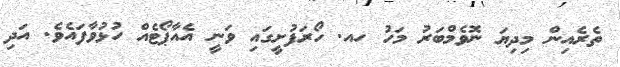
ތެރެއިން މިދިޔަ ނޮވެމްބަރު މަހު ހއ. ހޯރަފުށީގައި ވަނީ އެއާޕޯޓެއް ހުޅުވާފައެވެ. އަދި